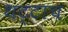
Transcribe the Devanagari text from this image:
थट्टाच